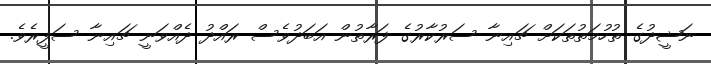
ނަޝީދުގެ ތުހުމަތުތަކަށް ޗައިނާ ސަރުކާރުގެ ފަރާތުން އަބަދުވެސް ރައްދު ދެއްވަނީ ޗައިނާ ސަފީރެވެ.